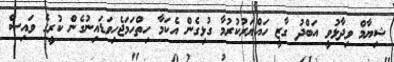
ޝިޔާމް ވިދާޅުވީ އަބްދު ގާޒީ ހައްޔަރުކުރުމާ ގުޅިގެން އެކަމާ ހިތްހަމަޖެހިވަޑައިނުގެން ކުރީގެ ވައިސް